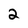
Character: 2